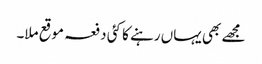
مجھے بھی یہاں رہنے کا کئی دفعہ موقع ملا۔